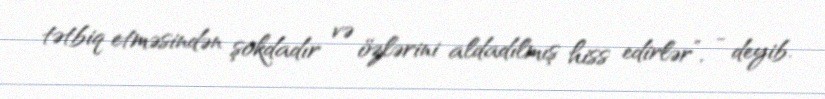
tətbiq etməsindən şokdadır və özlərini aldadılmış hiss edirlər”, - deyib.